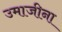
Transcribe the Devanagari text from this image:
उमाजीना